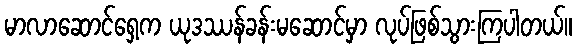
မာလာဆောင်ရှေ့က ယုဒဿန်ခန်းမဆောင်မှာ လုပ်ဖြစ်သွားကြပါတယ်။